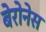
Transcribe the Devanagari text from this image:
बेरोनेस